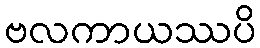
ဗလကာယဿပိ